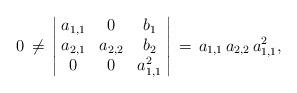
LaTeX: \begin{align*}0\,\neq\,\left\vert\!\begin{array}{ccc}a_{1,1} & 0 & b_1\\a_{2,1} & a_{2,2} & b_2\\0 & 0 & a_{1,1}^2\end{array}\!\right\vert\,=\,a_{1,1}\,a_{2,2}\,a_{1,1}^2,\end{align*}